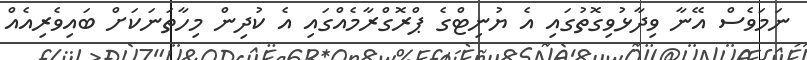
ނަމަވެސް އޭނާ ވިދާޅުވިގޮތުގައި އެ ޔުނިޓްގެ ޕްރޮގްރާމެއްގައި އެ ކުދިން މިހާތަނަކަށް ބައިވެރިއެއް